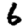
Digit: 6